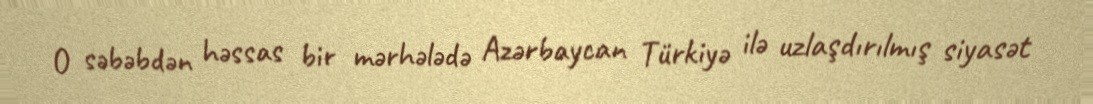
O səbəbdən həssas bir mərhələdə Azərbaycan Türkiyə ilə uzlaşdırılmış siyasət